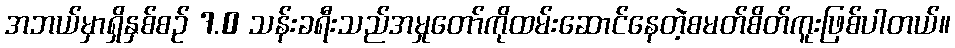
အဘယ်မှာရှိနှစ်စဉ် 7.0 သန်းခရီးသည်အမှုတော်ကိုထမ်းဆောင်နေတဲ့စမတ်စိတ်ကူးဖြစ်ပါတယ်။